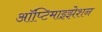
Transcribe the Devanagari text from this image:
ऑप्टिमाइझेशन